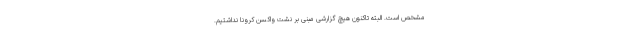
مشخص است. البته تاکنون هیچ گزارشی مبنی بر نشت واکسن کرونا نداشتیم.